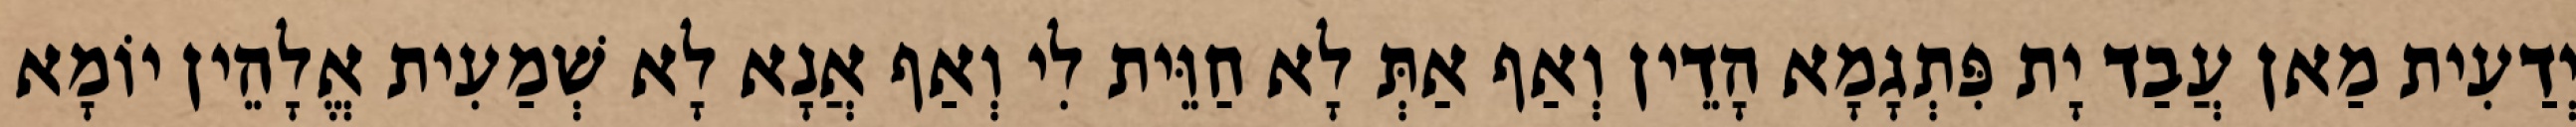
יְדַעִית מַאן עֲבַד יָת פִּתְגָמָא הָדֵין וְאַף אַתְּ לָא חַוֵּית לִי וְאַף אֲנָא לָא שְׁמַעִית אֱלָהֵין יוֹמָא